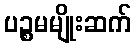
ပဉ္စမမျိုးဆက်